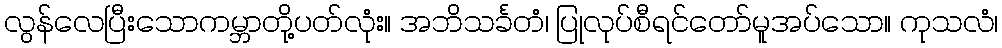
လွန်လေပြီးသောကမ္ဘာတို့ပတ်လုံး။ အဘိသင်္ခတံ၊ ပြုလုပ်စီရင်တော်မူအပ်သော။ ကုသလံ၊